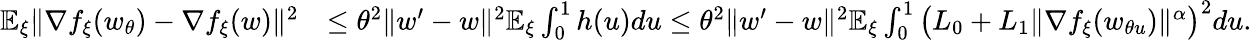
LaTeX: \begin{array}{rl}{\mathbb{E}_{\xi}\| \nabla f_{\xi}(w_{\theta})-\nabla f_{\xi}(w)\| ^{2}}&{\le\theta^{2}\| w^{\prime}-w\| ^{2}\mathbb{E}_{\xi}\int_{0}^{1}h(u)du\le\theta^{2}\| w^{\prime}-w\| ^{2}\mathbb{E}_{\xi}\int_{0}^{1}\big(L_{0}+L_{1}\| \nabla f_{\xi}(w_{\theta u})\| ^{\alpha}\big)^{2}du.}\end{array}